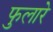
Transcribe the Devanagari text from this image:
फुलारे